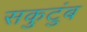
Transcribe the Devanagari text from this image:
सकुटुंब